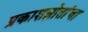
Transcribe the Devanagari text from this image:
प्रकाशझोतांचा